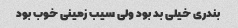
بندری خیلی بد بود ولی سیب زمینی خوب بود